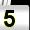
Digit: 5